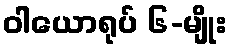
ဝါယောရုပ် ၆-မျိုး